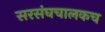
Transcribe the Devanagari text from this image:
सरसंघचालकच